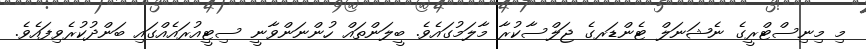
މި މިނިސްޓްރީގެ ނެޝަނަލް ޓެންޑަރގެ ޖަލްސާކުރާ މާލަމުގައެވެ. ބީލަންތައް ހުންނަންވާނީ ސިޓީއުރައެއްގައި ބަންދުކުރެވިފައެވެ.